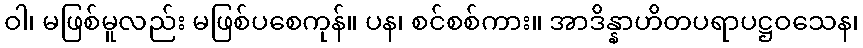
ဝါ၊ မဖြစ်မူလည်း မဖြစ်ပစေကုန်။ ပန၊ စင်စစ်ကား။ အာဒိန္နာဟိတပရာပဋ္ဌဝသေန၊